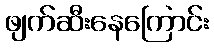
ဖျက်ဆီးနေကြောင်း